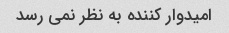
امیدوار کننده به نظر نمی رسد